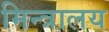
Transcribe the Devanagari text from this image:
मिन्त्रालय